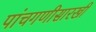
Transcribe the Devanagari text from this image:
पांचगणीसारखी